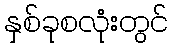
နှစ်ခုစလုံးတွင်